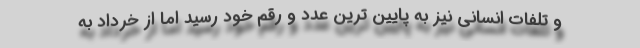
و تلفات انسانی نیز به پایین ترین عدد و رقم خود رسید اما از خرداد به